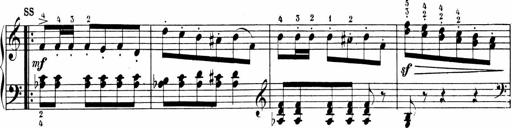
Title: Sonatinen Op.47, 98 und 136, nebst 6 Liedersonatinen
Composer: Carl Reinecke